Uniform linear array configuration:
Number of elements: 8
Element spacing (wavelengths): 0.5
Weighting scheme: blackman
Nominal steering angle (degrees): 45
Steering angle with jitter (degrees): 46.834
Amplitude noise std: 0.05
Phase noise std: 0.05

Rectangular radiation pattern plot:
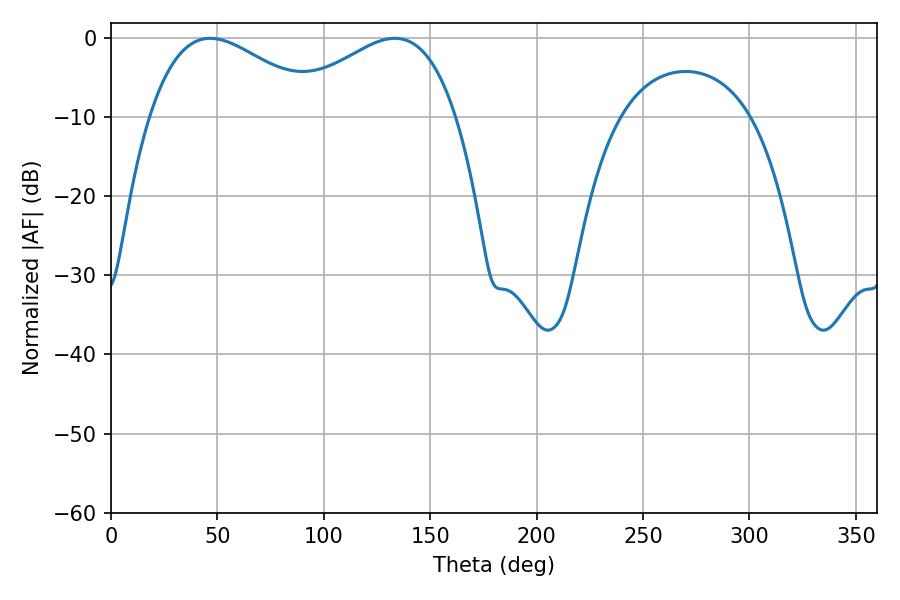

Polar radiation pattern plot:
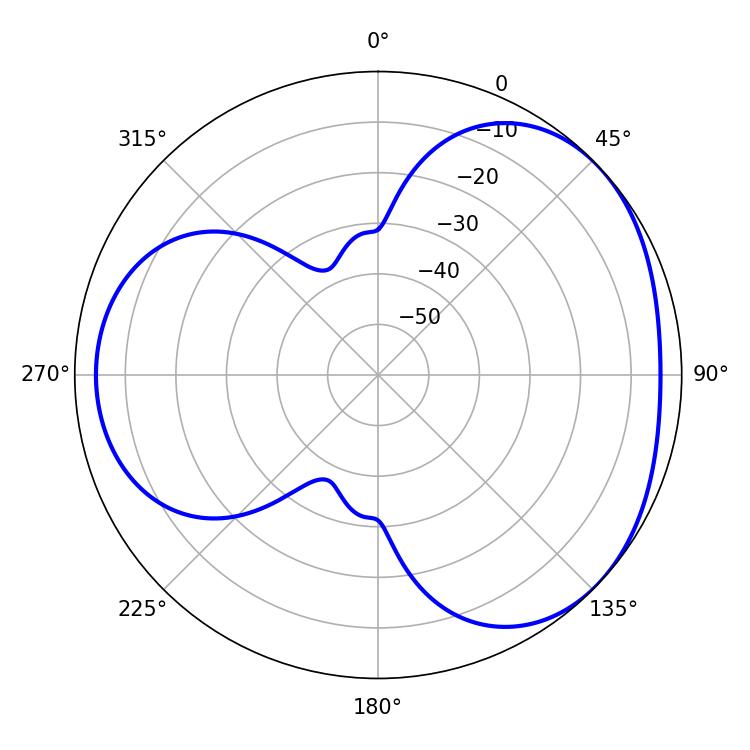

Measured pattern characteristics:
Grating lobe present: FALSE
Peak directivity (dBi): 3.41
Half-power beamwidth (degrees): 44.1
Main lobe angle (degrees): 46.62